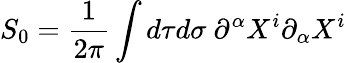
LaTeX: S_{0}={\frac{1}{2\pi}}\int d\tau d\sigma~\partial^{\alpha}X^{i}\partial_{\alpha}X^{i}